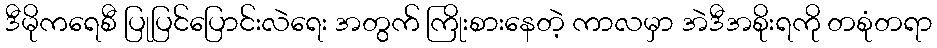
ဒီမိုကရေစီ ပြုပြင်ပြောင်းလဲရေး အတွက် ကြိုးစားနေတဲ့ ကာလမှာ အဲဒီအစိုးရကို တစုံတရာ